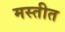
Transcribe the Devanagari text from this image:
मस्तीत